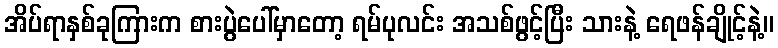
အိပ်ရာနှစ်ခုကြားက စားပွဲပေါ်မှာတော့ ရမ်ပုလင်း အသစ်ဖွင့်ပြီး သားနဲ့ ရေဖန်ချိုင့်နဲ့။